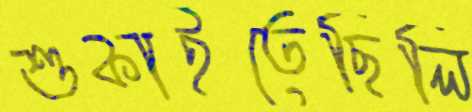
শুকাইতেছিলি